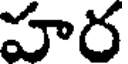
హర